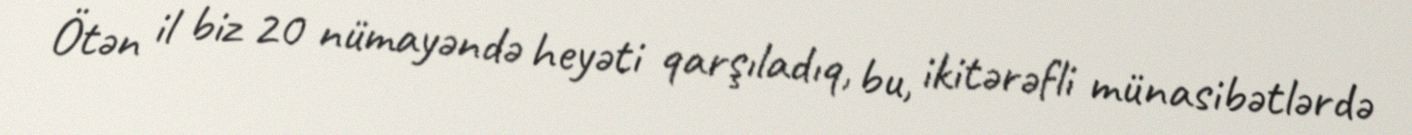
Ötən il biz 20 nümayəndə heyəti qarşıladıq, bu, ikitərəfli münasibətlərdə